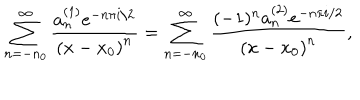
LaTeX: \sum _ { n = - n _ { 0 } } ^ { \infty } \frac { a _ { n } ^ { ( 1 ) } e ^ { - n \pi i / 2 } } { \left( x - x _ { 0 } \right) ^ { n } } = \sum _ { n = - n _ { 0 } } ^ { \infty } \frac { ( - 1 ) ^ { n } a _ { n } ^ { ( 2 ) } e ^ { - n \pi i / 2 } } { \left( x - x _ { 0 } \right) ^ { n } } ,